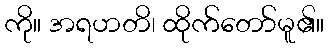
ကို။ အရဟတိ၊ ထိုက်တော်မူ၏။